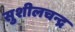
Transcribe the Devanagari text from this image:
सुशीलचन्द्र